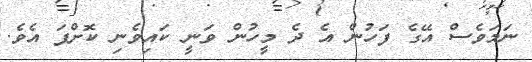
ނަމަވެސް އޭގެ ފަހުން އެ ދެ މީހުން ވަނީ ކައިވެނި ކޮށްފަ އެވެ.